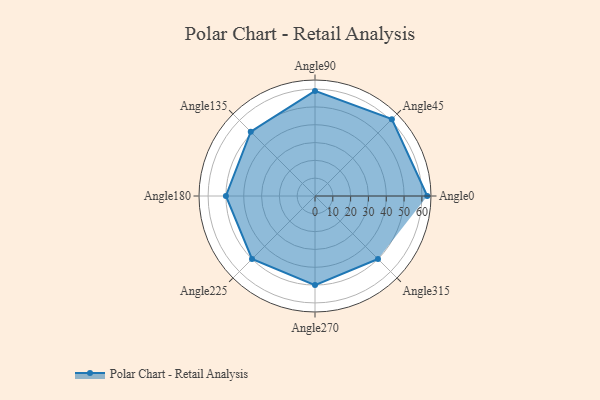
{"axis": {"x": "Angle", "y": "Radius"}, "legend": [""], "data": [{"x": "Angle0", "y": 63.0, "type": ""}, {"x": "Angle45", "y": 61.0, "type": ""}, {"x": "Angle90", "y": 59.0, "type": ""}, {"x": "Angle135", "y": 51.0, "type": ""}, {"x": "Angle180", "y": 50, "type": ""}, {"x": "Angle225", "y": 50, "type": ""}, {"x": "Angle270", "y": 50, "type": ""}, {"x": "Angle315", "y": 50, "type": ""}]}